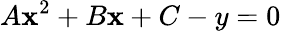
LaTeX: A\mathbf{x}^{2}+B\mathbf{x}+C-y=0